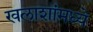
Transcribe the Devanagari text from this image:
खलाशांमध्ये